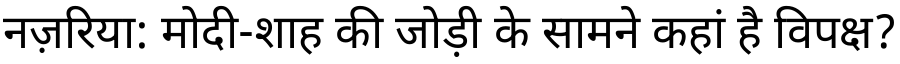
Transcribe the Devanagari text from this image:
नज़रिया: मोदी-शाह की जोड़ी के सामने कहां है विपक्ष?